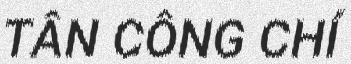
TÂN CÔNG CHÍ